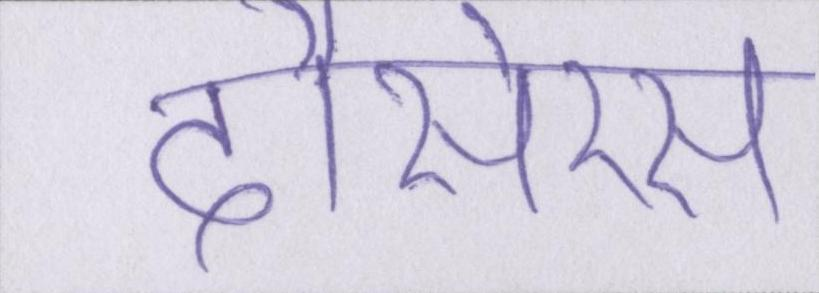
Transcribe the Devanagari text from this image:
दौसेरस